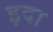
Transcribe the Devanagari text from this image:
इदा